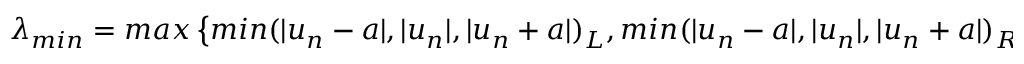
\lambda _ { m i n } = m a x \left\{ m i n ( | u _ { n } - a | , | u _ { n } | , | u _ { n } + a | ) _ { L } , m i n ( | u _ { n } - a | , | u _ { n } | , | u _ { n } + a | ) _ { R } \right\}